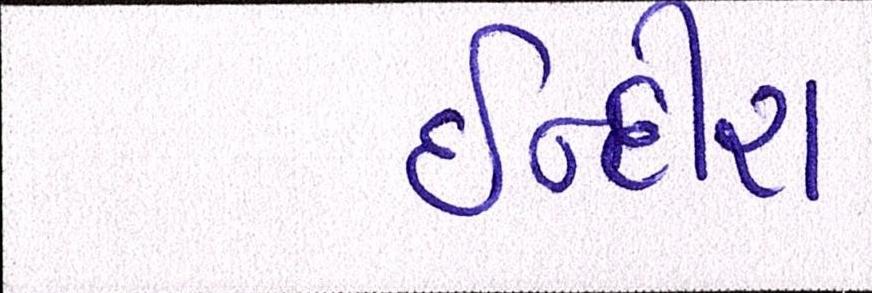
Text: ઈન્દીરા